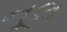
નૂલ